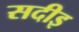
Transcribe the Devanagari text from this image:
सदीइ